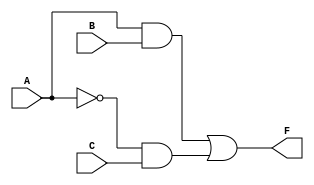
module simplified_logic (
    input wire A,    // Input A
    input wire B,    // Input B
    input wire C,    // Input C
    output wire F    // Output F
);

// Internal signals for intermediate results
wire not_A;        // NOT A
wire and1;         // A AND B
wire and2;         // NOT A AND C

// Logic Implementation
// Step 1: NOT gate for A
not U1 (not_A, A); // not_A = ~A

// Step 2: AND gates
and U2 (and1, A, B); // and1 = A & B
and U3 (and2, not_A, C); // and2 = ~A & C

// Step 3: OR gate for final output
or U4 (F, and1, and2); // F = and1 | and2

endmodule